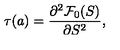
\tau ( a ) = { \frac { \partial ^ { 2 } { \cal F } _ { 0 } ( S ) } { \partial S ^ { 2 } } } ,